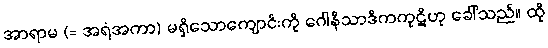
အာရာမ (= အရံအကာ) မရှိသောကျောင်းကို ဂေါနိသာဒိကကုဋိဟု ခေါ်သည်။ ထို